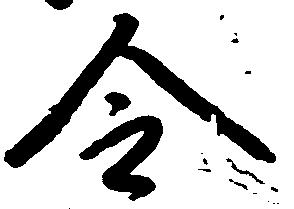
令